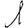
Digit: 1